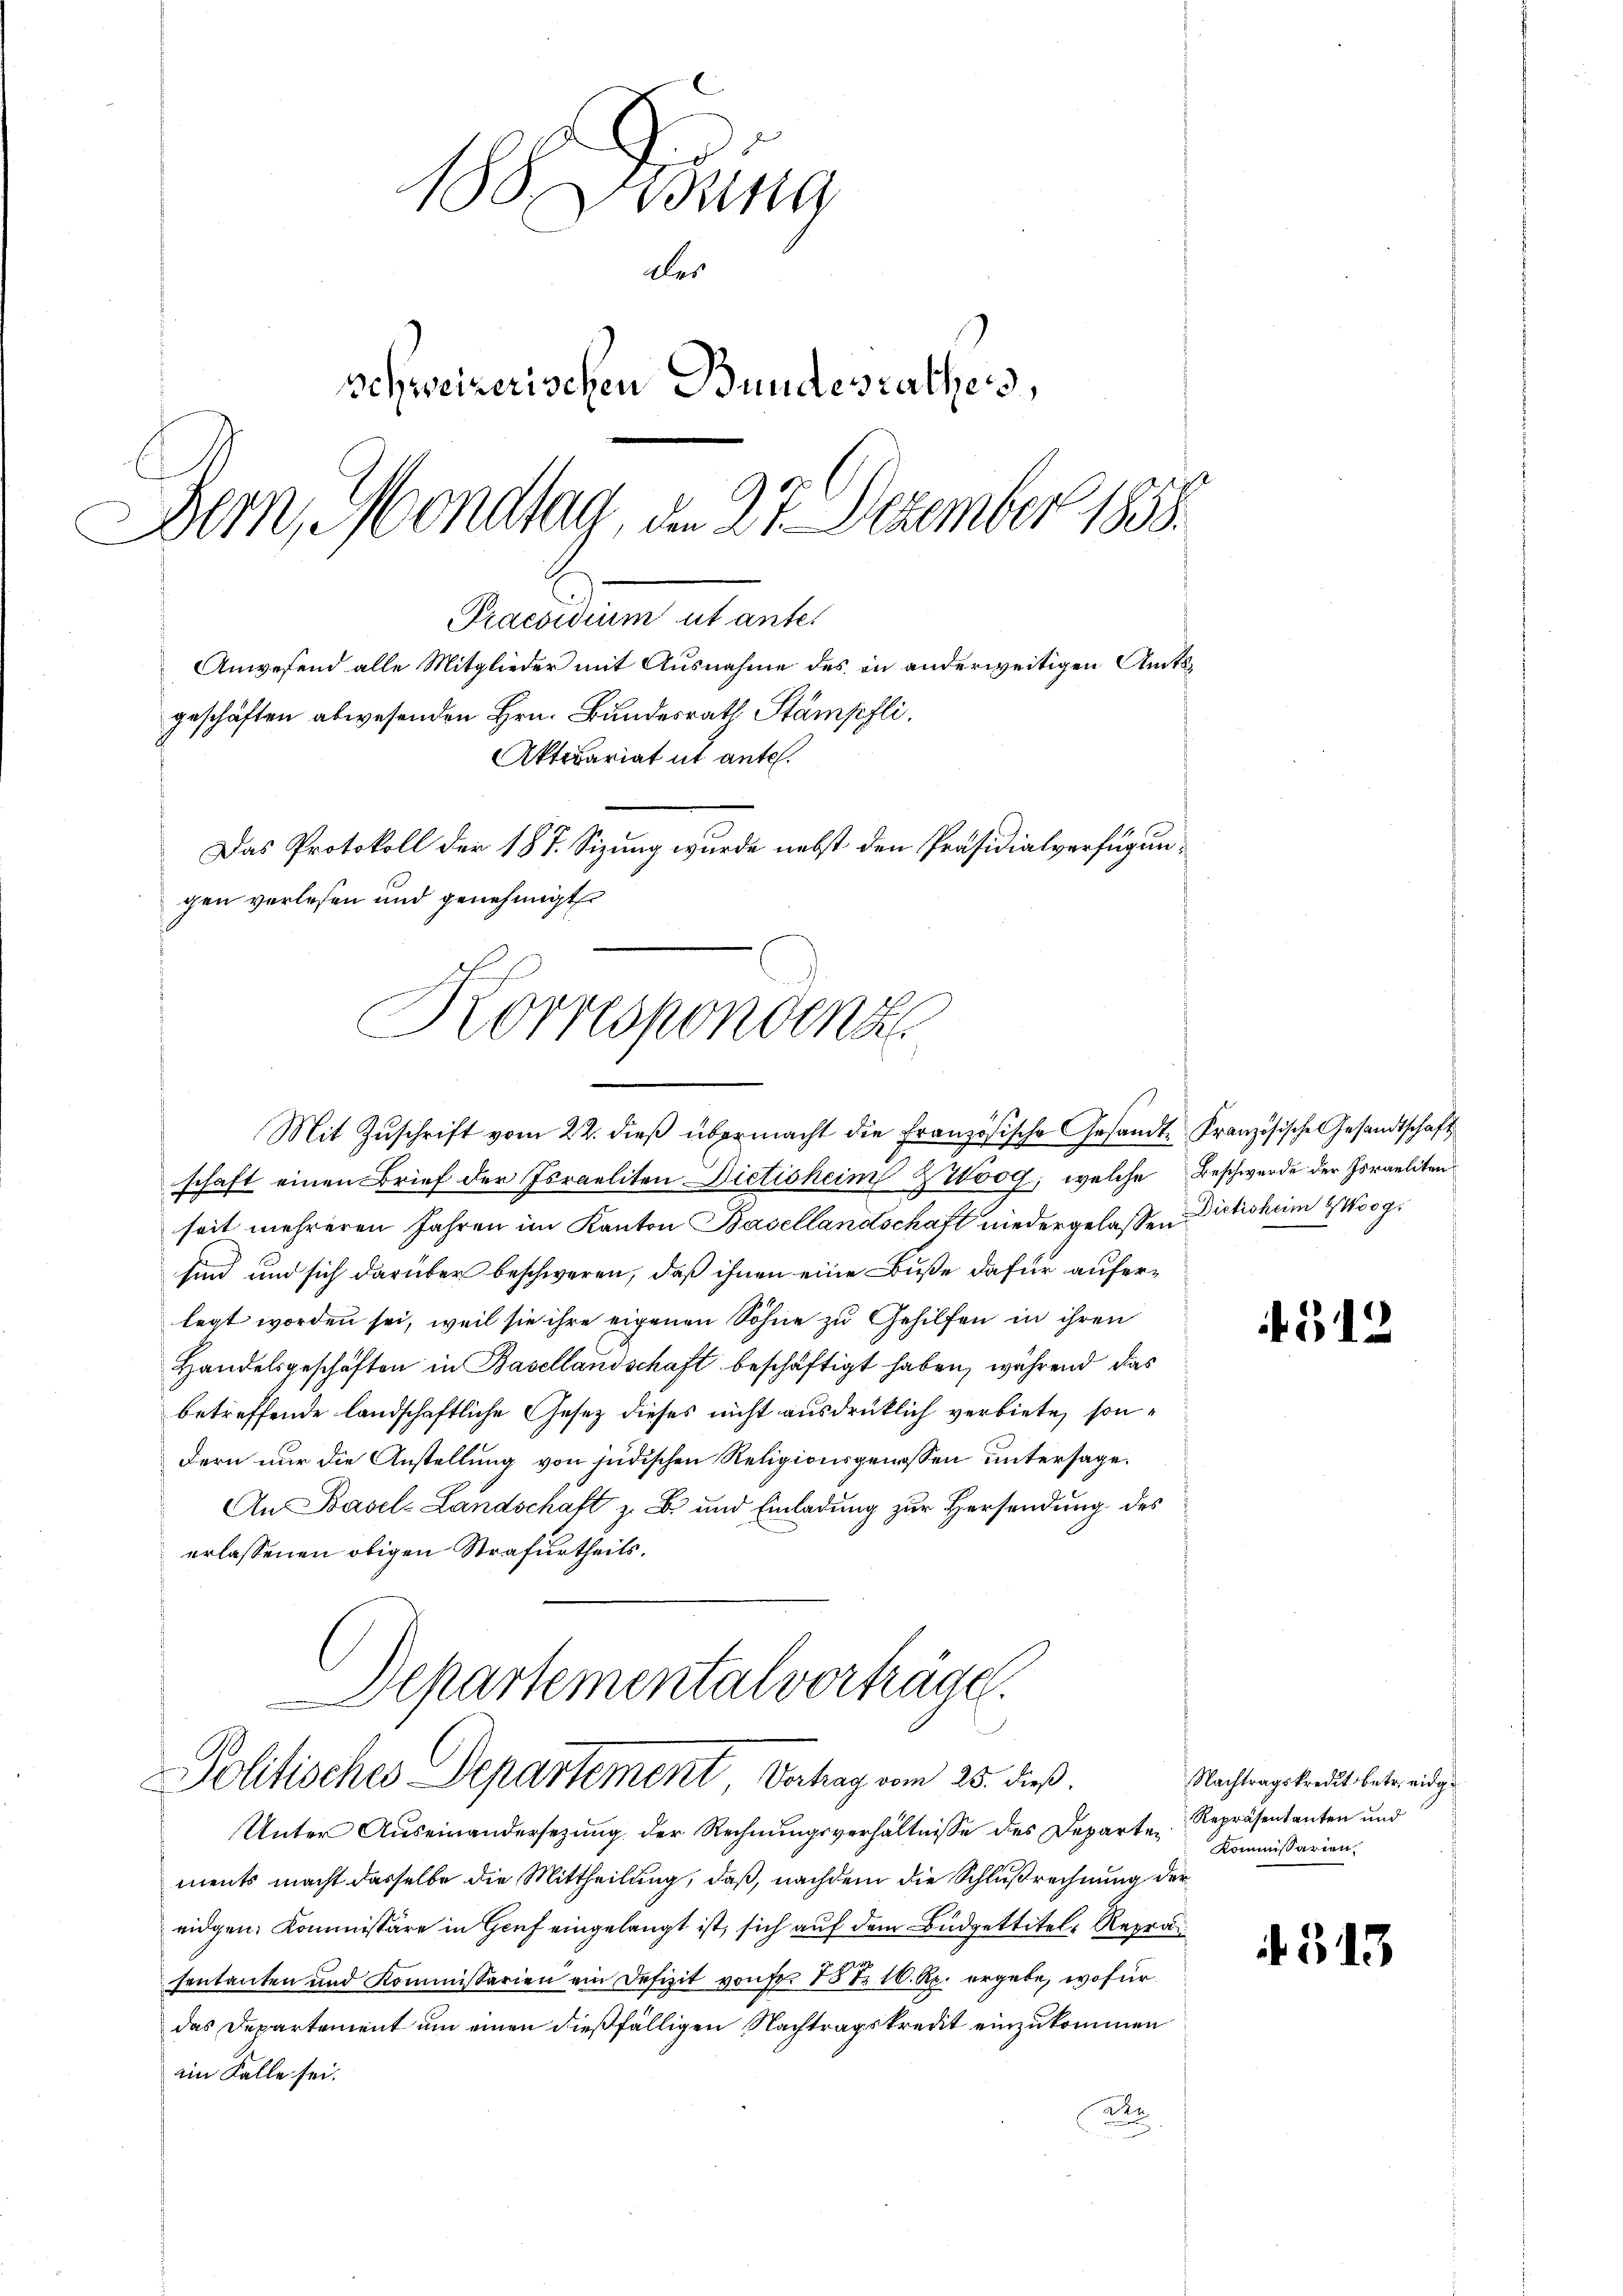
18. Jung
des
schweizerischen Bundesrathes,
Bern, Mondlag, den 27. Dezember 1858.
Praesidium ut antes
Anwesend alle Mitglieder mit Ausnahme des in anderweitigen Amtsgeschäften abwesenden Hrn. Bundesrath Stämpfli.
Aktuariat ut ante.
Das Protokoll der 187. Sizung wurde nebst den Präsidialverfügun¬

gen verlesen und genehmigt
Korrespondenz

Mit Zŭschrift vom 22. dieβ übermacht die Französische Gesandte Französische Gesandtschaft
schaft einen Brief der Israeliten Dictisheim ZWoog, welche Beschwerde der Israeliten
seit mehreren Jahren im Kanton Basellandschaft niedergelassen Dietichem Woogsind und sich darüber beschweren, daß ihnen eine Buße dafür auferlegt worden sei, weil sie ihre eigenen Söhne zu Gehilfen in ihren
Handelsgeschäften in Basellandschaft beschäftigt haben, während das
betreffende landschaftliche Gesetz dieses nicht ausdrücklich verbiete, sondern nur die Anstellung von jüdischen Religionsgenossen untersage.
An Basel-Landschaft z. B. und Einladung zur Hersendung des
erlassenen obigen Strafurtheils.
Departemental vorträge.

Politisches Departement, Verhag vom 25. dieß.

Unter Auseinandersezung der Rechnungsverhältnisse des Departen Repräsentanten und
ments macht dasselbe die Mittheilung, daß, nachdem die Schlußrechnung der
eidgen. Kommissäre in Genf eingelangt ist, sich auf dem Budgettitel, Repräs
sentanten und Kommissarien ein Defizit von fr. 18 t 16. Rp. ergebe, wofür
das Departement um einen dießfälligen Nachtragskredit einzukommen
ein Falle sei.
ale

if. 312.

Nachtragskredit betr. eidge
Kommissarien.

313